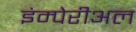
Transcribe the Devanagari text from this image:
इंम्पेरीअल